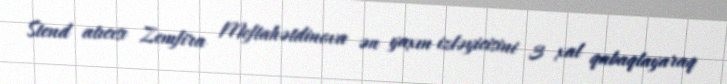
Stend atıcısı Zemfira Meftahətdinova ən yaxın izləyicisini 3 xal qabaqlayaraq